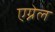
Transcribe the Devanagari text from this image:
एग्नेल